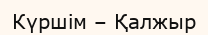
Күршім – Қалжыр